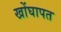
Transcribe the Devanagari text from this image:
खोंघापत